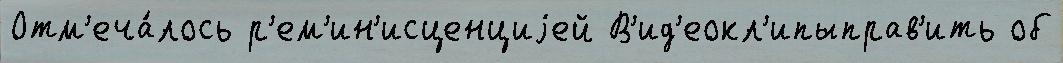
Отм'еча́лось р'ем'ин'исценциjей В'ид'еокл'ипыправ'ить об